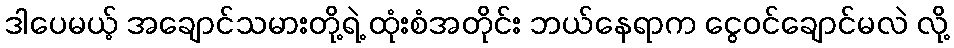
ဒါပေမယ့် အချောင်သမားတို့ရဲ့ ထုံးစံအတိုင်း ဘယ်နေရာက ငွေဝင်ချောင်မလဲ လို့